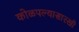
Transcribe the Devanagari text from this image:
कोळपल्यासारखी